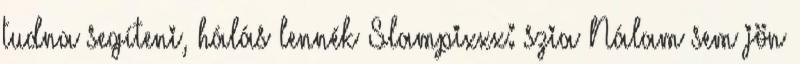
tudna segíteni, hálás lennék Slampixxx: szia Nálam sem jön